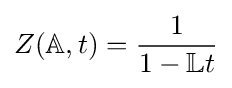
Z({\mathbb {A} },t)={\frac {1}{1-{\mathbb {L} }t}}